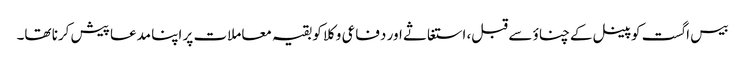
بیس اگست کو پینل کےچناؤ سے قبل، استغاثے اور دفاعی وکلا کو بقیہ معاملات پر اپنا مدعا پیش کرنا تھا۔